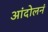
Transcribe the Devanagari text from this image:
आंदोलनं